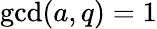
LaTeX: \operatorname*{gcd}(a,q)=1